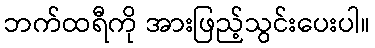
ဘက်ထရီကို အားဖြည့်သွင်းပေးပါ။